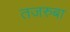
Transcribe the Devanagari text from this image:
तजरुबा